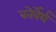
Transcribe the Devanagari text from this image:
बतेर्वेर्थ